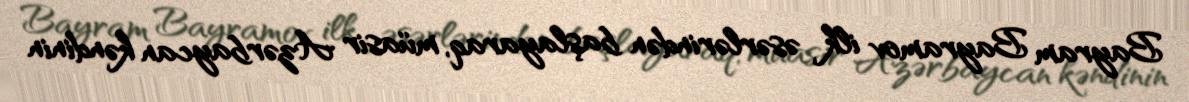
Bayram Bayramov ilk əsərlərindən başlayaraq, müasir Azərbaycan kəndinin